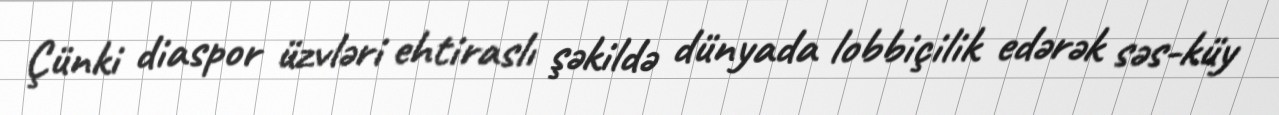
Çünki diaspor üzvləri ehtiraslı şəkildə dünyada lobbiçilik edərək səs-küy